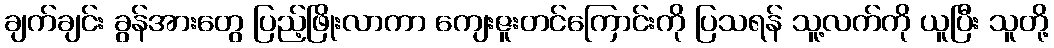
ချက်ချင်း ခွန်အားတွေ ပြည့်ဖြိုးလာကာ ကျေးဇူးတင်ကြောင်းကို ပြသရန် သူ့လက်ကို ယူပြီး သူတို့